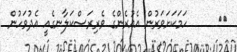
١١      ހަމަކަށަވަރުން އެއުރެންގެ ވެރިރަސްކަލާނގެއީ އެދުވަހުން